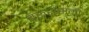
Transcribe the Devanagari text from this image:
बरूशसकी।